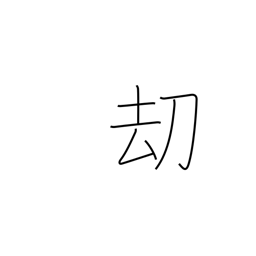
Meaning: threat